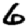
Digit: 6